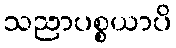
သညာပစ္စယာပိ